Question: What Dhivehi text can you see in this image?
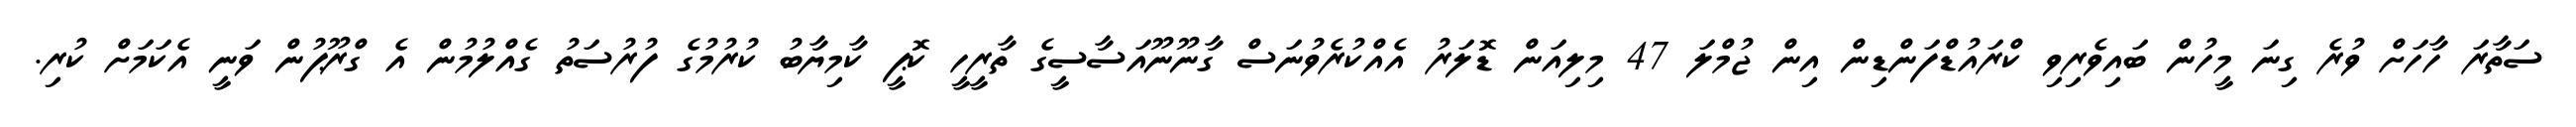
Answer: ސަތާރަ ހާހަށް ވުރެ ގިނަ މީހުން ބައިވެރިވި ކްރައުޑްފަންޑިން އިން ޖުމްލަ 47 މިލިއަން ޑޮލަރު އެއްކުރެވުނަސް ގާނޫނޫއަސާސީގެ ތާރީހީ ކޮޕީ ކާމިޔާބު ކުރުމުގެ ފުރުސަތު ގެއްލުމުން އެ ގްރޫޕުން ވަނީ އެކަމަށް ކުރި.